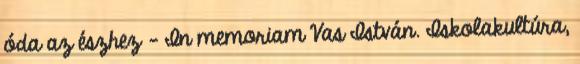
óda az észhez - In memoriam Vas István. Iskolakultúra,